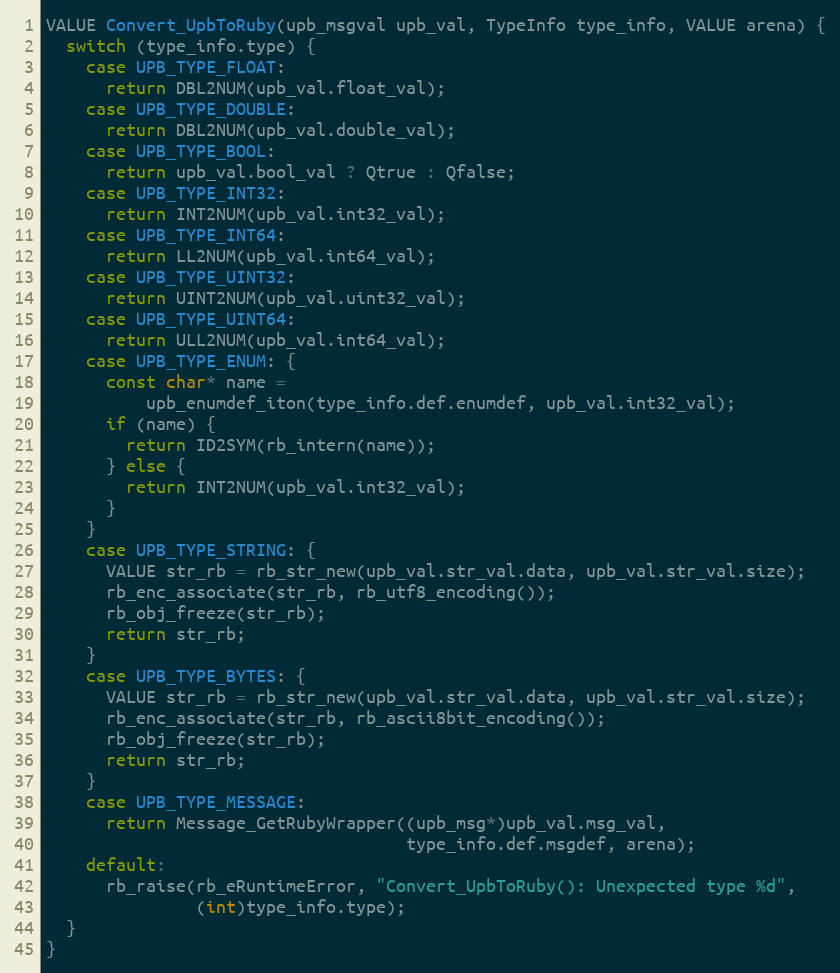
Language: C
VALUE Convert_UpbToRuby(upb_msgval upb_val, TypeInfo type_info, VALUE arena) {
  switch (type_info.type) {
    case UPB_TYPE_FLOAT:
      return DBL2NUM(upb_val.float_val);
    case UPB_TYPE_DOUBLE:
      return DBL2NUM(upb_val.double_val);
    case UPB_TYPE_BOOL:
      return upb_val.bool_val ? Qtrue : Qfalse;
    case UPB_TYPE_INT32:
      return INT2NUM(upb_val.int32_val);
    case UPB_TYPE_INT64:
      return LL2NUM(upb_val.int64_val);
    case UPB_TYPE_UINT32:
      return UINT2NUM(upb_val.uint32_val);
    case UPB_TYPE_UINT64:
      return ULL2NUM(upb_val.int64_val);
    case UPB_TYPE_ENUM: {
      const char* name =
          upb_enumdef_iton(type_info.def.enumdef, upb_val.int32_val);
      if (name) {
        return ID2SYM(rb_intern(name));
      } else {
        return INT2NUM(upb_val.int32_val);
      }
    }
    case UPB_TYPE_STRING: {
      VALUE str_rb = rb_str_new(upb_val.str_val.data, upb_val.str_val.size);
      rb_enc_associate(str_rb, rb_utf8_encoding());
      rb_obj_freeze(str_rb);
      return str_rb;
    }
    case UPB_TYPE_BYTES: {
      VALUE str_rb = rb_str_new(upb_val.str_val.data, upb_val.str_val.size);
      rb_enc_associate(str_rb, rb_ascii8bit_encoding());
      rb_obj_freeze(str_rb);
      return str_rb;
    }
    case UPB_TYPE_MESSAGE:
      return Message_GetRubyWrapper((upb_msg*)upb_val.msg_val,
                                    type_info.def.msgdef, arena);
    default:
      rb_raise(rb_eRuntimeError, "Convert_UpbToRuby(): Unexpected type %d",
               (int)type_info.type);
  }
}